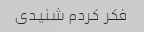
فکر کردم شنیدی